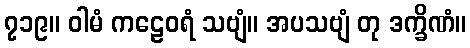
၇၁၉။ ဝါမံ ကဠေဝရံ သဗျံ။ အပသဗျံ တု ဒက္ခိဏံ။